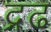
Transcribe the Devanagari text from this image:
द्रढ